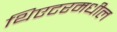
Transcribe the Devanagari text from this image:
थिएटरमधील